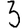
Digit: 3